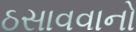
ઠસાવવાનો